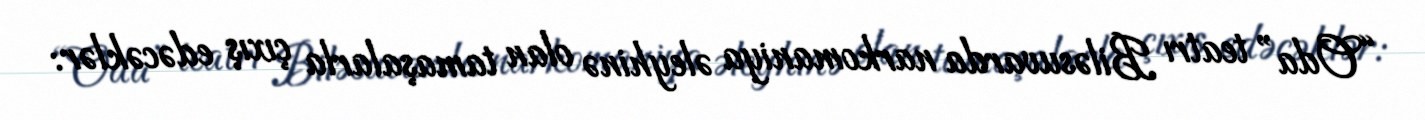
“Oda” teatrı Biləsuvarda narkomaniya əleyhinə olan tamaşalarla çıxış edəcəklər: